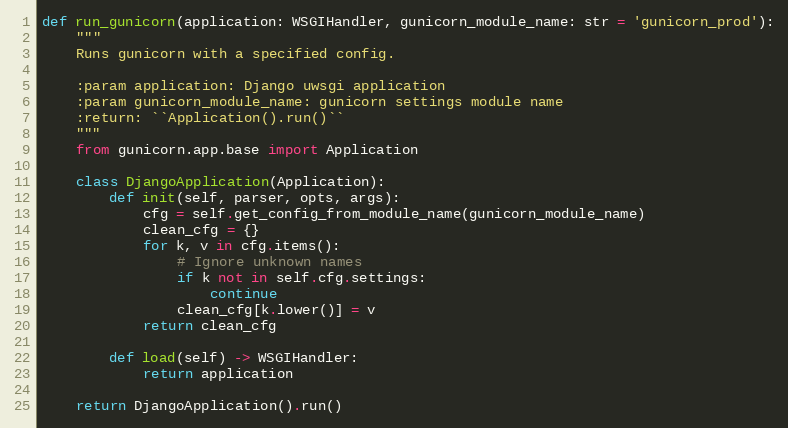
Language: Python
def run_gunicorn(application: WSGIHandler, gunicorn_module_name: str = 'gunicorn_prod'):
    """
    Runs gunicorn with a specified config.

    :param application: Django uwsgi application
    :param gunicorn_module_name: gunicorn settings module name
    :return: ``Application().run()``
    """
    from gunicorn.app.base import Application

    class DjangoApplication(Application):
        def init(self, parser, opts, args):
            cfg = self.get_config_from_module_name(gunicorn_module_name)
            clean_cfg = {}
            for k, v in cfg.items():
                # Ignore unknown names
                if k not in self.cfg.settings:
                    continue
                clean_cfg[k.lower()] = v
            return clean_cfg

        def load(self) -> WSGIHandler:
            return application

    return DjangoApplication().run()